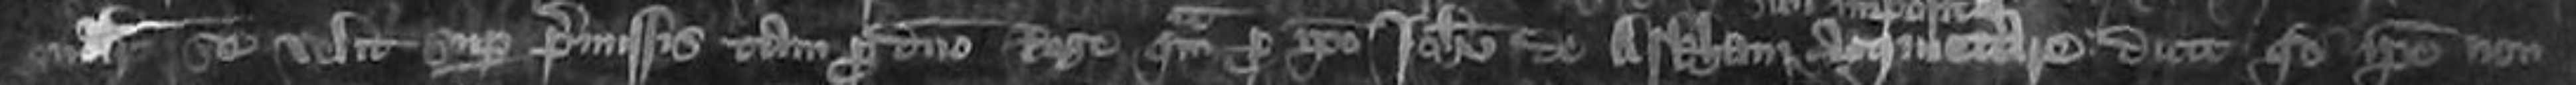
similiter se velit super permissis tam pro domino Rege quam pro ipso Johanne de Arkham sibi impositas dicit quod ipse non